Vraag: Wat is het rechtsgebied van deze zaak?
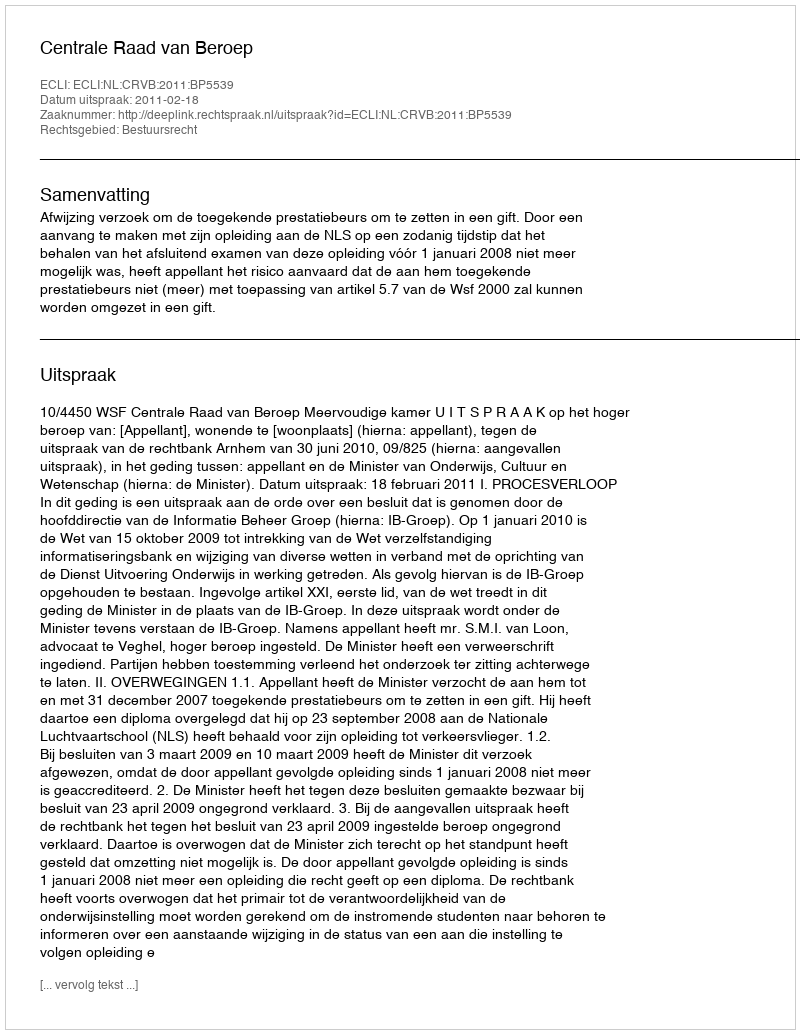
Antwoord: Bestuursrecht